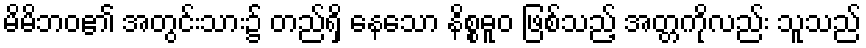
မိမိဘဝ၏ အတွင်းသား၌ တည်ရှိ နေသော နိစ္စဓူဝ ဖြစ်သည့် အတ္တကိုလည်း သူသည်